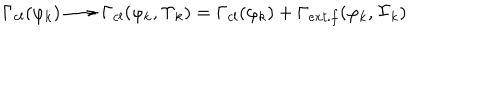
\Gamma _ { c l } ( \varphi _ { k } ) \longrightarrow \Gamma _ { c l } ( \varphi _ { k } , \Upsilon _ { k } ) = \Gamma _ { c l } ( \varphi _ { k } ) + \Gamma _ { e x t . f } ( \varphi _ { k } , \Upsilon _ { k } )